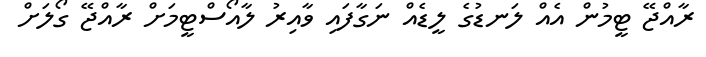
ރާއްޖޭ ޓީމުން އެއް ލަނޑުގެ ލީޑެއް ނަގާފައި ވާއިރު ލާއޯސްޓީމަށް ރާއްޖޭ ގޯލަށް